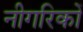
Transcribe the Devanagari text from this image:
नीगरिकों